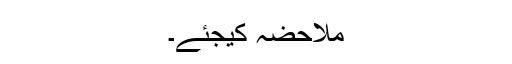
ملاحضہ کیجئے۔